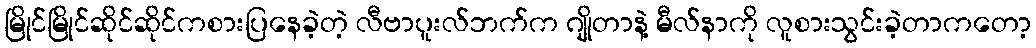
မြိုင်မြိုင်ဆိုင်ဆိုင်ကစားပြနေခဲ့တဲ့ လီဗာပူးလ်ဘက်က ဂျိုတာနဲ့ မီလ်နာကို လူစားသွင်းခဲ့တာကတော့